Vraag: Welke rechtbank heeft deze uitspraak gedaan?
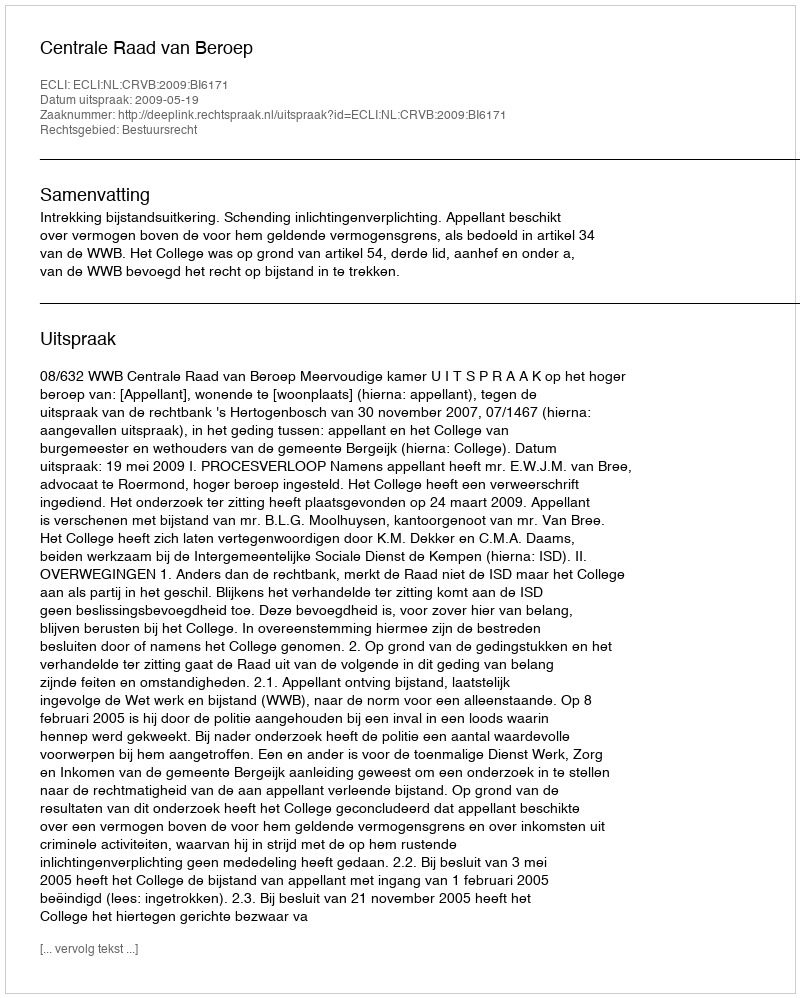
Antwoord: Centrale Raad van Beroep